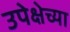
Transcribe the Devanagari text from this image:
उपेक्षेच्या